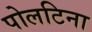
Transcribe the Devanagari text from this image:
पोलटिना